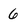
Character: 6